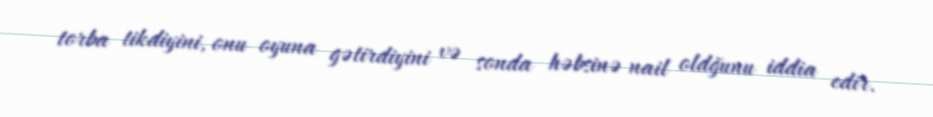
torba tikdiyini, onu oyuna gətirdiyini və sonda həbsinə nail oldğunu iddia edir.